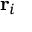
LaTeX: \mathbf { r } _ { i }